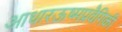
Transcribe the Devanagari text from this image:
आधारऊष्मप्रवैगिकी